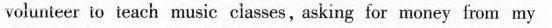
vwnunieer uteach music classes, asking for moncy fom my